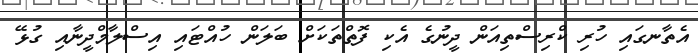
އެތާނގައި ހުރި ކްރިސްތިއަން ދީނުގެ އެކި ފޮތްތަކަށް ބަލަން ހުއްޓައި އިސްލާމްދީނާއި ގުޅޭ